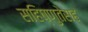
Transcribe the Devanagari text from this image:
सहिष्णुतेसह